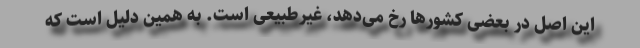
این اصل در بعضی کشورها رخ می‌دهد، غیرطبیعی است. به همین دلیل است که